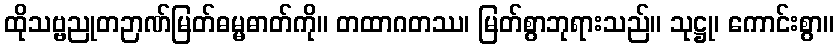
ထိုသဗ္ဗညုတဉာဏ်မြတ်ဓမ္မဓာတ်ကို။ တထာဂတဿ၊ မြတ်စွာဘုရားသည်။ သုဋ္ဌု၊ ကောင်းစွာ။